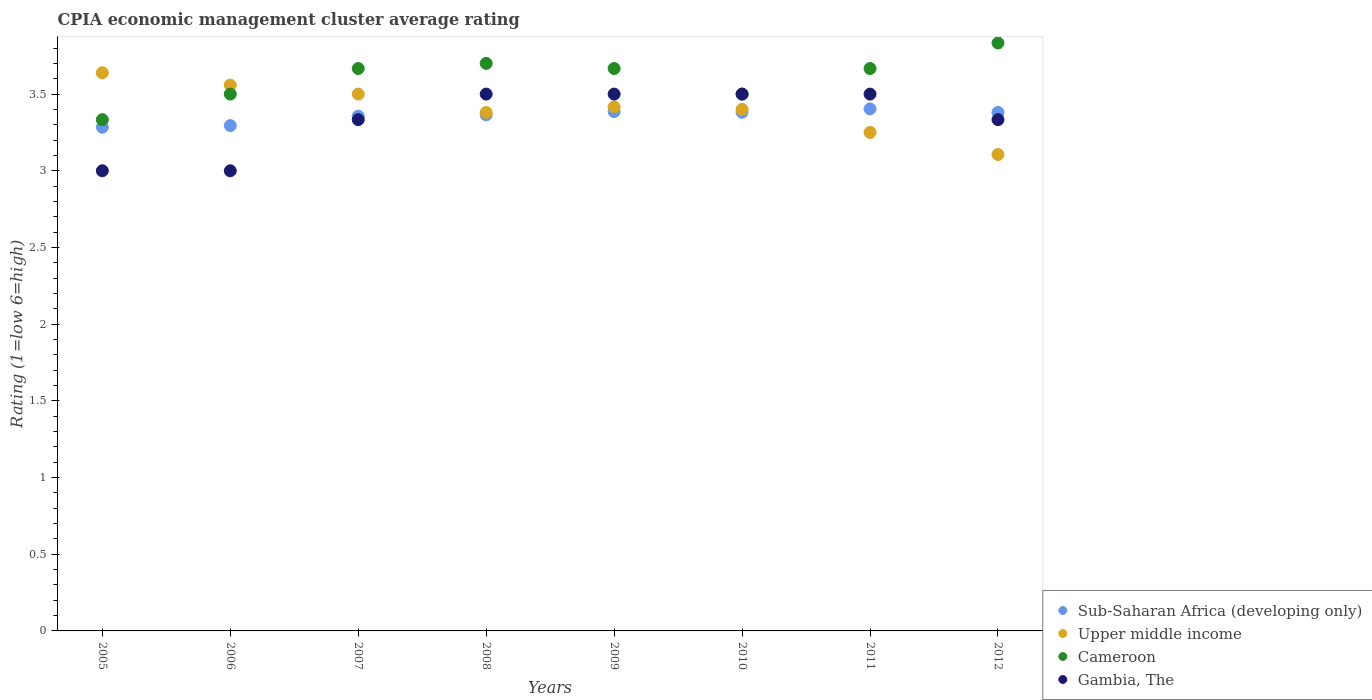
| Years | Sub-Saharan Africa (developing only) | Upper middle income | Cameroon | Gambia, The |
 | --- | --- | --- | --- | --- |
 | 2005 | 3.28 | 3.64 | 3.33 | 3 |
 | 2006 | 3.29 | 3.56 | 3.5 | 3 |
 | 2007 | 3.36 | 3.5 | 3.67 | 3.33 |
 | 2008 | 3.36 | 3.38 | 3.7 | 3.5 |
 | 2009 | 3.39 | 3.42 | 3.67 | 3.5 |
 | 2010 | 3.38 | 3.4 | 3.5 | 3.5 |
 | 2011 | 3.4 | 3.25 | 3.67 | 3.5 |
 | 2012 | 3.38 | 3.11 | 3.83 | 3.33 |